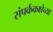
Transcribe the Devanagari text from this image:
संपर्ककक्षेच्या